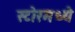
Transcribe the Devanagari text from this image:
स्टोरमध्ये